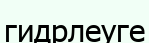
гидрлеуге